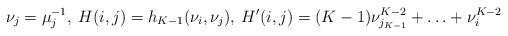
\begin{align*}\nu_{j}=\mu_{j}^{-1}, \: H(i,j)=h_{K-1}(\nu_{i},\nu_{j}), \: H'(i,j)=(K-1)\nu_{j_{K-1}}^{K-2}+\ldots+\nu_{i}^{K-2}\end{align*}